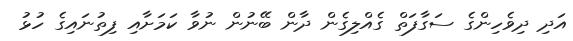
އަދި ދިވެހިންގެ ސަގާފަތް ގެއްލިގެން ދާން ބޭނުން ނުވާ ކަމަށާއި ފިތުނައިގެ ހުޅު